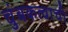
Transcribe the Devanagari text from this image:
चुंबकत्वाची